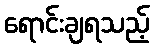
ရောင်းချရသည့်